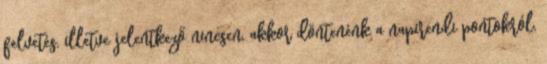
felvetés, illetve jelentkező nincsen, akkor döntenénk a napirendi pontokról.